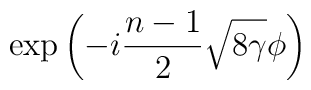
\exp\left(-i\frac{n-1}{2}\sqrt{8\gamma}\phi\right)